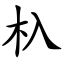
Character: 杁